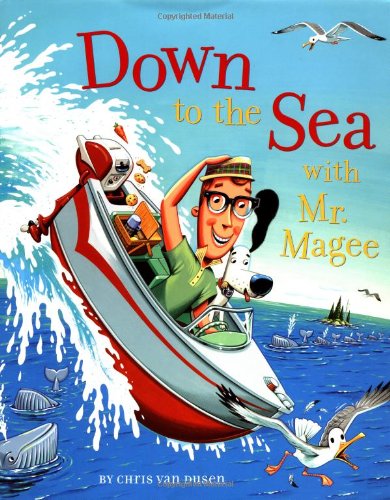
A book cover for Down to the Sea with Mr. Magee; Chris Van Dusen; Teen & Young Adult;